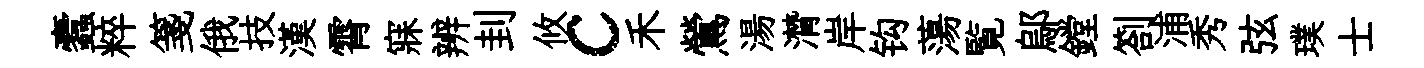
蠧粹箋俄技漢霄寐辨刲攸c禾鶯湯潸岸钩蕩覧鄔鏜劄浦秀弦璞士